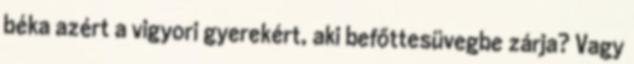
béka azért a vigyori gyerekért, aki befőttesüvegbe zárja? Vagy